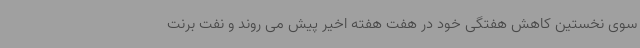
سوی نخستین کاهش هفتگی خود در هفت هفته اخیر پیش می روند و نفت برنت